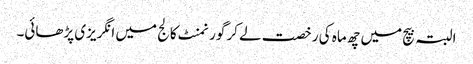
البتہ بیچ میں چھ ماہ کی رخصت لے کر گورنمنٹ کالج میں انگریزی پڑھائی۔